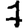
Digit: 7